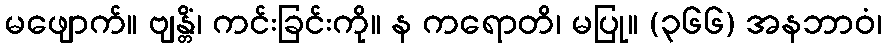
မဖျောက်။ ဗျန္တိံ၊ ကင်းခြင်းကို။ န ကရောတိ၊ မပြု။ (၃၆၆) အနဘာဝံ၊